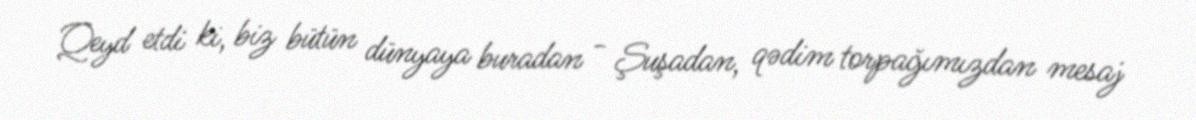
Qeyd etdi ki, biz bütün dünyaya buradan - Şuşadan, qədim torpağımızdan mesaj